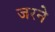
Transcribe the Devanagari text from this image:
जरने